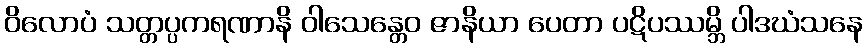
ဝိလောပံ သတ္တပ္ပကရဏာနိ ဝါသေန္တေဝ ဇာနိယာ ပေတာ ပဋိပဿမ္ဘိ ပါဒဃံသနေ